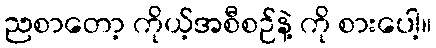
ညစာတော့ ကိုယ့်အစီစဉ်နဲ့ ကို စားပေါ့။